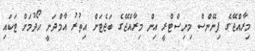
މިރާއްޖޭގެ ފިނޭންސް މިނިސްޓްރީ އިން މިރާއްޖޭގެ ބަޖެޓަށް އިތުރު އާމްދަނީ ހޯދުމަށް ޓަކައި